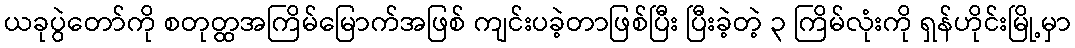
ယခုပွဲတော်ကို စတုတ္ထအကြိမ်မြောက်အဖြစ် ကျင်းပခဲ့တာဖြစ်ပြီး ပြီးခဲ့တဲ့ ၃ ကြိမ်လုံးကို ရှန်ဟိုင်းမြို့မှာ